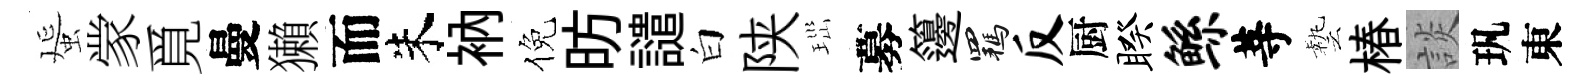
蜑䝉覓曼獺而朱衲倪昉譴白陕𤤼募籩羈反厨睽鲧䓁藝椿談㺬東